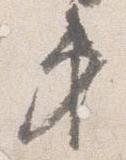
第